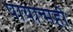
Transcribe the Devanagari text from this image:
पायान्मही